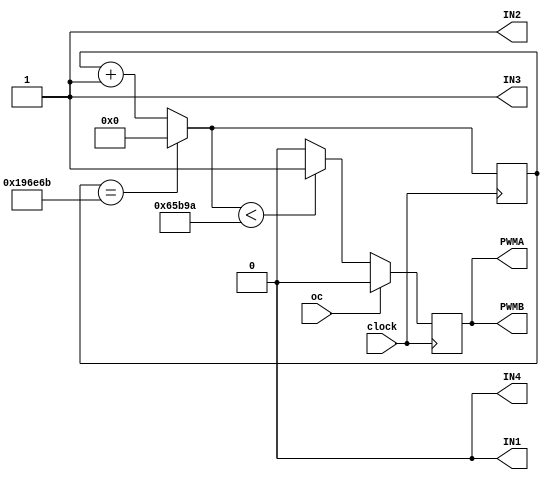
`timescale 1ns / 1ps
//////////////////////////////////////////////////////////////////////////////////
// Company: 
// Engineer: 
// 
// Design Name: 
// Module Name: TurnR
// Project Name: 
// Target Devices: 
// Tool Versions: 
// Description: 
// 
// Dependencies: 
// 
// Revision:
// Revision 0.01 - File Created
// Additional Comments:
// 
//////////////////////////////////////////////////////////////////////////////////


module TurnR(

input clock,
input oc,
output IN1,
output IN2,
output IN3,
output IN4,
output PWMA,
output PWMB
);


// all assuming IN1 = right forward, IN2 = Right back, IN3 = Left forward, and IN4 = Left back
assign IN1 = 0; 
assign IN2 = 1;
assign IN3 = 1;
assign IN4 = 0;
    
reg [31:0] scount;
reg [20:0] counter;
reg [20:0] width;
reg PWM_tempA;
reg PWM_tempB;
reg done_temp;

initial begin
    counter = 0;
    scount = 0;
    done_temp = 0;
    width = 21'd416666; // 25%
    PWM_tempA = 0;
    PWM_tempB = 0;
    
end

always@(posedge clock) begin
    if (counter == 1666667)
        counter = 0;
    else
        counter <= counter + 1;
    if (oc) begin
        PWM_tempA = 0;
    end
    
    else if (counter < width) begin
        PWM_tempA <=1; 
    end
    
    else begin 
      PWM_tempA <=0;
    end
end


assign PWMA = PWM_tempA;


always@(posedge clock) begin
    if (counter == 1666667) begin
        counter = 0; end
        
    else begin
        counter <= counter + 1;
        end
        
    if (oc) begin
        PWM_tempB = 0;
    end
    
    else if (counter < width) begin
        PWM_tempB <=1; 
    end
    
    else begin 
      PWM_tempB <=0;
    end
end


assign PWMB = PWM_tempB;

always @ (posedge clock) begin

scount <= scount + 1;


if (scount == 50000000) begin  // .5 sec

done_temp = 1;
end 
else begin
done_temp = 0;
end
end
assign done = done_temp;



endmodule